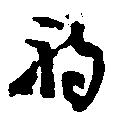
被